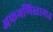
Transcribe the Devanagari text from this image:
अफगणिस्तानात